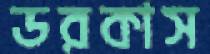
ডরকাস